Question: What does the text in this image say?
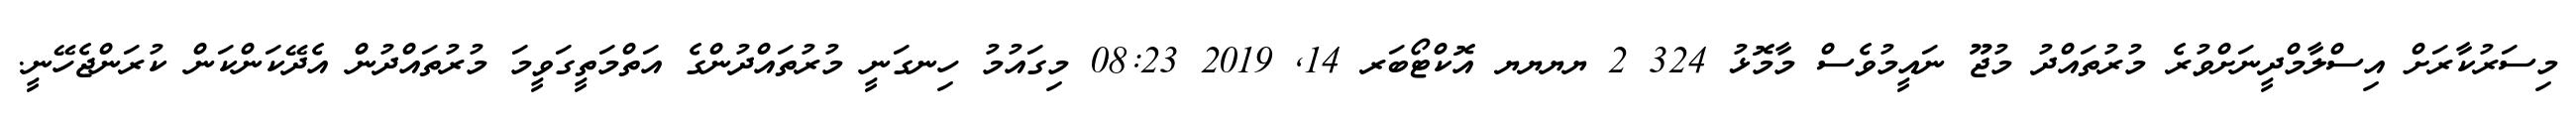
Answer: މިސަރުކާރަށް އިސްލާމްދީނަށްވުރެ މުރުތައްދު މުޖޫ ނައީމުވެސް މާމޮޅު 324 2 ޔޔޔޔ އޮކްޓޯބަރ 14, 2019 08:23 މިގައުމު ހިނގަނީ މުރުތައްދުންގެ އަތްމަތީގަވީމަ މުރުތައްދުން އެދޭކަންކަން ކުރަންޖެހޭނީ.